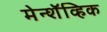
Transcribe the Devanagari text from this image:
मेन्शॅव्हिक